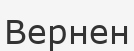
Вернен